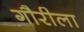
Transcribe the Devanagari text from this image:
गौरीला